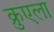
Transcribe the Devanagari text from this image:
क्रुएला